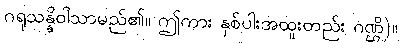
ဂရုသန္နိဝါသာမည်၏။ ဤကား နှစ်ပါးအထူးတည်း ဂဏ္ဌိ)။